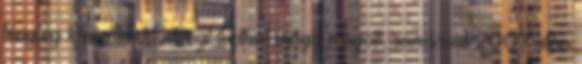
tényleg kiemelkedő idényt tudhat maga mögött, ráadásul 2007 után